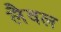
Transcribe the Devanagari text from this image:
लैवल